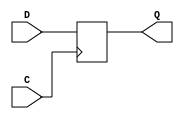
module DFF_X1(C, D, Q);
input C, D;
output reg Q;

always @(posedge C)
	Q <= D;

endmodule